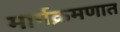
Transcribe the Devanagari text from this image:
मार्गक्रमणात